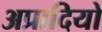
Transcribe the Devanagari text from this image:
अप्रादियो